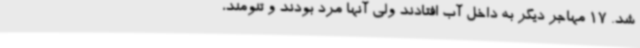
شد. 17 مهاجر دیگر به داخل آب افتادند ولی آنها مرد بودند و تنومند،